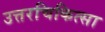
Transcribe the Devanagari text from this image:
उत्तरचिकित्सा